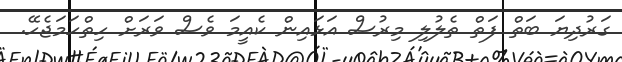
ގަރުދިޔަ ބަތް ފަތް ތެލުލި މިރުސް އަޅައިން ކެއީމަ ވެސް ވަރަށް ހިތްހަމަޖެހޭ.